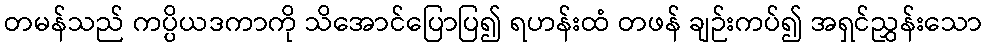
တမန်သည် ကပ္ပိယဒကာကို သိအောင်ပြောပြ၍ ရဟန်းထံ တဖန် ချဉ်းကပ်၍ အရှင်ညွှန်းသော